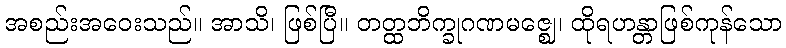
အစည်းအဝေးသည်။ အာသိ၊ ဖြစ်ပြီ။ တတ္ထဘိက္ခုဂဏမဇ္ဈေ၊ ထိုရဟန္တာဖြစ်ကုန်သော